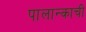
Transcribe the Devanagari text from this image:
पालान्काची